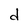
Character: d